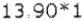
13.90*1